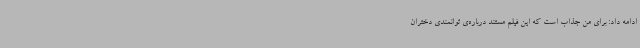
ادامه داد: برای من جذاب است که این فیلم مستند درباره‌ی توانمندی دختران